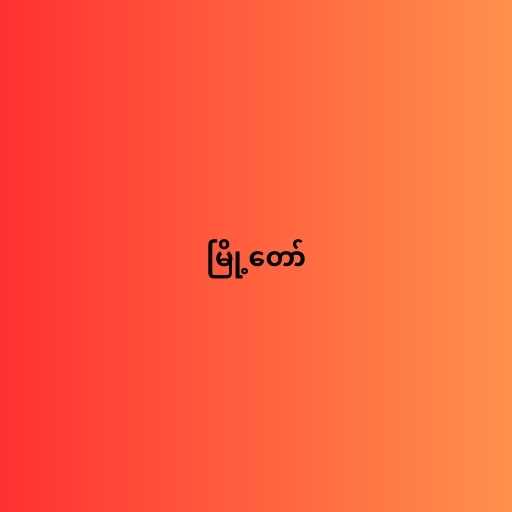
မြို့တော်